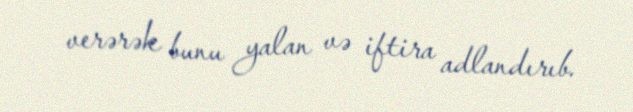
verərək bunu yalan və iftira adlandırıb.